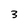
Character: 3